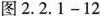
图2.2.1-12